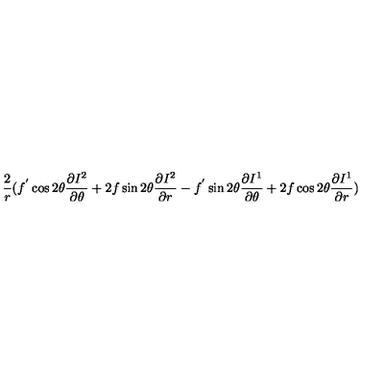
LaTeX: \frac { 2 } { r } ( f ^ { ' } \cos 2 \theta \frac { \partial I ^ { 2 } } { \partial \theta } + 2 f \sin 2 \theta \frac { \partial I ^ { 2 } } { \partial r } - f ^ { ' } \sin 2 \theta \frac { \partial I ^ { 1 } } { \partial \theta } + 2 f \cos 2 \theta \frac { \partial I ^ { 1 } } { \partial r } ) \nonumber